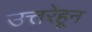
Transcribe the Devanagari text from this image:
उत्तरेहून